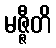
မဇ္ဇီတိ